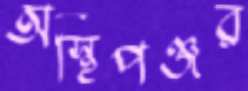
অস্থিপঞ্জর